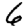
Digit: 6